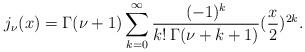
LaTeX: \begin{align*}j_{\nu}(x)=\Gamma(\nu+1)\sum_{k=0}^{\infty}\frac{(-1)^{k}}{k!\,\Gamma(\nu+k+1)}(\frac{x}{2})^{2k}.\end{align*}